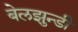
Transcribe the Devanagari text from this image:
बेलझुन्डी